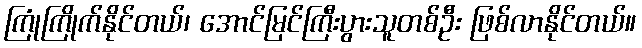
ကြုံကြိုက်နိုင်တယ်၊ အောင်မြင်ကြီးပွားသူတစ်ဦး ဖြစ်လာနိုင်တယ်။